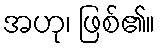
အဟု၊ ဖြစ်၏။